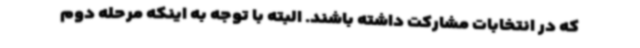
که در انتخابات مشارکت داشته باشند. البته با توجه به اینکه مرحله دوم